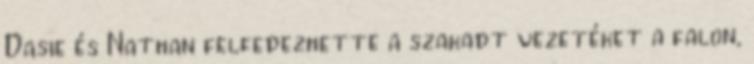
Dasie és Nathan felfedezhette a szakadt vezetéket a falon,